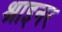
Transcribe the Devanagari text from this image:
श्राइनर